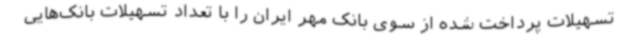
تسهیلات پرداخت شده از سوی بانک مهر ایران را با تعداد تسهیلات بانک‌هایی